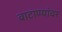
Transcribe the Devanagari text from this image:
वाटाण्यांवर